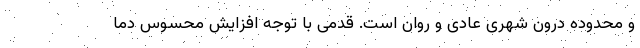
و محدوده درون شهری عادی و روان است. قدمی با توجه افزایش محسوس دما